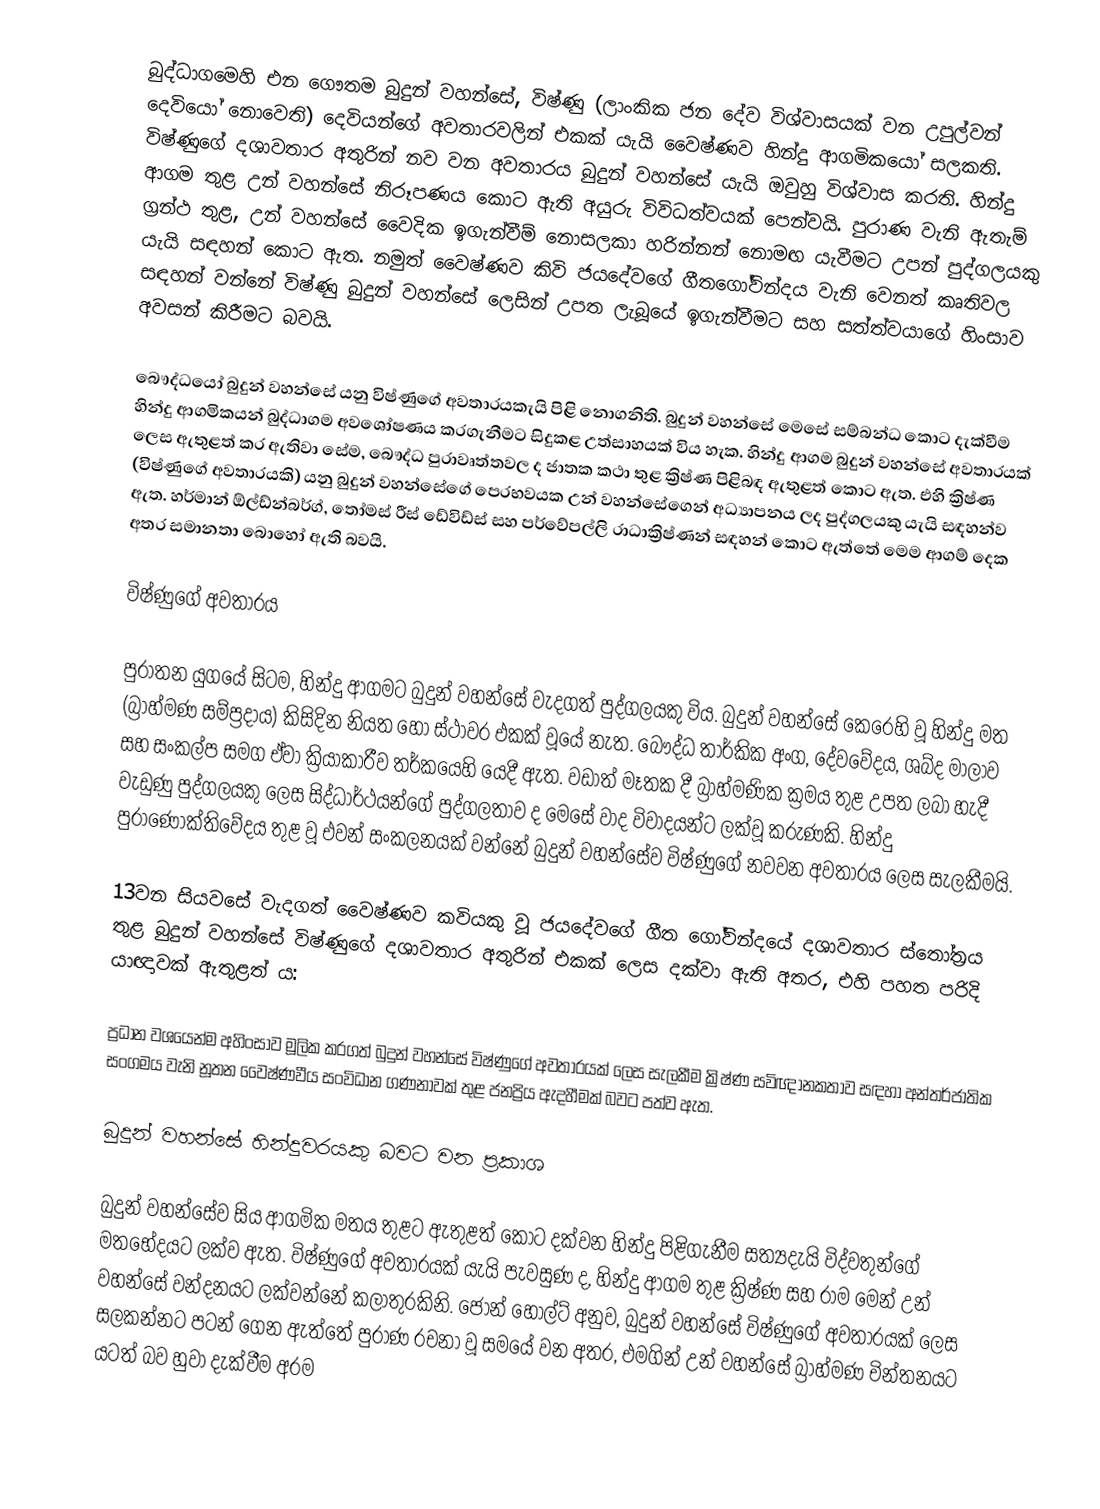
බුද්ධාගමෙහි එන ගෞතම බුදුන් වහන්සේ, විෂ්ණු (ලාංකික ජන දේව විශ්වාසයක් වන උපුල්වන් දෙවියෝ නොවෙති) දෙවියන්ගේ අවතාරවලින් එකක් යැයි වෛෂ්ණව හින්දු ආගමිකයෝ සලකති. විෂ්ණුගේ ‍දශාවතාර අතුරින් නව වන අවතාරය බුදුන් වහන්සේ යැයි ඔවුහු විශ්වාස කරති. හින්දු ආගම තුළ උන් වහන්සේ නිරූපණය කොට ඇති අයුරු විවිධත්වයක් පෙන්වයි. පුරාණ වැනි ඇතැම් ග්‍රන්ථ තුළ, උන් වහන්සේ වෛදික ඉගැන්වීම් නොසලකා හරින්නන් නොමඟ යැවීමට උපන් පුද්ගලයකු යැයි සඳහන් කොට ඇත. නමුත් වෛෂ්ණව කිවි ජයදේවගේ ගීතගෝවින්දය වැනි වෙනත් කෘතිවල සඳහන් වන්නේ විෂ්ණු බුදුන් වහන්සේ ලෙසින් උපත ලැබූයේ ඉගැන්වීමට සහ සත්ත්වයාගේ හිංසාව අවසන් කිරීමට බවයි.

බෞද්ධයෝ බුදුන් වහන්සේ යනු විෂ්ණුගේ අවතාරයකැයි පිළි නොගනිති. බුදුන් වහන්සේ මෙසේ සම්බන්ධ කොට දැක්වීම හින්දු ආගමිකයන් බුද්ධාගම අවශෝෂණය කරගැනීමට සිදුකළ උත්සාහයක් විය හැක. හින්දු ආගම බුදුන් වහන්සේ අවතාරයක් ලෙස ඇතුළත් කර ඇතිවා සේම, බෞද්ධ පුරාවෘත්තවල ද ජාතක කථා තුළ ක්‍රිෂ්ණ පිළිබඳ ඇතුළත් කොට ඇත. එහි ක්‍රිෂ්ණ (විෂ්ණුගේ අවතාරයකි) යනු බුදුන් වහන්සේගේ පෙරභවයක උන් වහන්සේගෙන් අධ්‍යාපනය ලද පුද්ගලයකු යැයි සඳහන්ව ඇත. හර්මාන් ඕල්ඩ්න්බර්ග්, තෝමස් රීස් ඩේවිඩ්ස් සහ පර්වේපල්ලි රාධාක්‍රිෂ්ණන් සඳහන් කොට ඇත්තේ මෙම ආගම් දෙක අතර සමානතා බොහෝ ඇති බවයි.

විෂ්ණුගේ අවතාරය

පුරාතන යුගයේ සිටම, හින්දු ආගමට බුදුන් වහන්සේ වැදගත් පුද්ගලයකු විය. බුදුන් වහන්සේ කෙරෙහි වූ හින්දු මත (බ්‍රාහ්මණ සම්ප්‍රදාය) කිසිදින නියත හෝ ස්ථාවර එකක් වූයේ නැත. බෞද්ධ තාර්කික අංග, දේවවේදය, ශබ්ද මාලාව සහ සංකල්ප සමග ඒවා ක්‍රියාකාරීව තර්කයෙහි යෙදී ඇත. වඩාත් මෑතක දී බ්‍රාහ්මණික ක්‍රමය තුළ උපත ලබා හැදී වැඩුණු පුද්ගලයකු ලෙස සිද්ධාර්ථයන්ගේ පුද්ගලතාව ද මෙසේ වාද විවාදයන්ට ලක්වූ කරුණකි. හින්දු පුරාණෝක්තිවේදය තුළ වූ එවන් සංකලනයක් වන්නේ බුදුන් වහන්සේව විෂ්ණුගේ නවවන අවතාරය ලෙස සැලකීමයි.

13වන සියවසේ වැදගත් වෛෂ්ණව කවියකු වූ ජයදේවගේ ගීත ගෝවින්දයේ දශාවතාර ස්තෝත්‍රය තුළ බුදුන් වහන්සේ විෂ්ණුගේ දශාවතාර අතුරින් එකක් ලෙස දක්වා ඇති අතර, එහි පහත පරිදි යාඥාවක් ඇතුළත් ය:

ප්‍රධාන වශයෙන්ම අහිංසාව මූලික කරගත් බුදුන් වහන්සේ විෂ්ණුගේ අවතාරයක් ලෙස සැලකීම ක්‍රිෂ්ණ සවිඥානකතාව සඳහා අන්තර්ජාතික සංගමය වැනි නූතන වෛෂ්ණවීය සංවිධාන ගණනාවක් තුළ ජනප්‍රිය ඇදහීමක් බවට පත්ව ඇත.

බුදුන් වහන්සේ හින්දුවරයකු බවට වන ප්‍රකාශ

බුදුන් වහන්සේව සිය ආගමික මතය තුළට ඇතුළත් කොට දක්වන හින්දු පිළිගැනීම සත්‍යදැයි විද්වතුන්ගේ මතභේදයට ලක්ව ඇත. විෂ්ණුගේ අවතාරයක් යැයි පැවසුණ ද, හින්දු ආගම තුළ ක්‍රිෂ්ණ සහ රාම මෙන් උන් වහන්සේ වන්දනයට ලක්වන්නේ කලාතුරකිනි. ජෝන් හෝල්ට් අනුව, බුදුන් වහන්සේ විෂ්ණුගේ අවතාරයක් ලෙස සලකන්නට පටන් ගෙන ඇත්තේ පුරාණ රචනා වූ සමයේ වන අතර, එමගින් උන් වහන්සේ බ්‍රාහ්මණ චින්තනයට යටත් බව හුවා දැක්වීම අරම